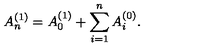
A _ { n } ^ { ( 1 ) } = A _ { 0 } ^ { ( 1 ) } + \sum _ { i = 1 } ^ { n } A _ { i } ^ { ( 0 ) } .